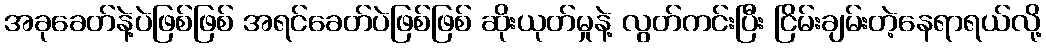
အခုခေတ်နဲ့ပဲဖြစ်ဖြစ် အရင်ခေတ်ပဲဖြစ်ဖြစ် ဆိုးယုတ်မှုနဲ့ လွတ်ကင်းပြီး ငြိမ်းချမ်းတဲ့နေရာရယ်လို့